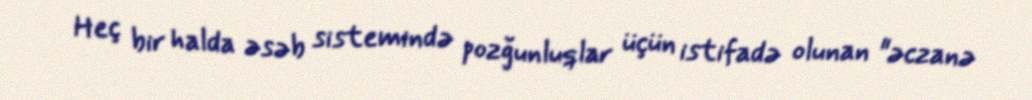
Heç bir halda əsəb sistemində pozğunluqlar üçün istifadə olunan "əczanə